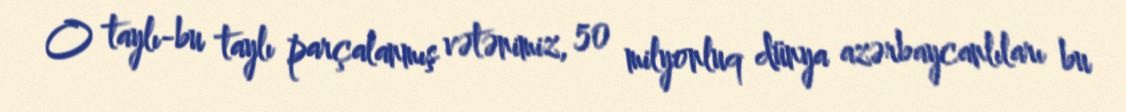
O taylı-bu taylı parçalanmış vətənimiz, 50 milyonluq dünya azərbaycanlıları bu